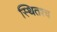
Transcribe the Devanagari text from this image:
स्थितश्च